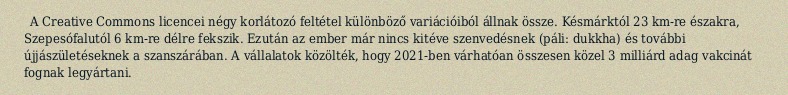
A Creative Commons licencei négy korlátozó feltétel különböző variációiból állnak össze. Késmárktól 23 km-re északra, Szepesófalutól 6 km-re délre fekszik. Ezután az ember már nincs kitéve szenvedésnek (páli: dukkha) és további újjászületéseknek a szanszárában. A vállalatok közölték, hogy 2021-ben várhatóan összesen közel 3 milliárd adag vakcinát fognak legyártani.